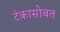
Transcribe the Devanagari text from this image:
टंकासोबत